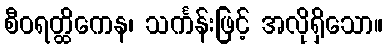
စီဝရတ္ထိကေန၊ သင်္ကန်းဖြင့် အလိုရှိသော။